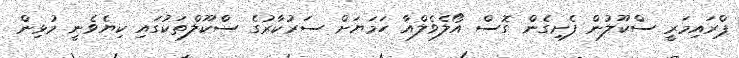
ޕްރައިމަރީ ސްކޫލުން ފެށިގެން ގޮސް އޯލެވެލްއާ ހަމަޔަށް ސަރުކާރުގެ ސްކޫލްތަކުގައި ކިޔެވެނީ މުޅިން